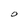
Character: O